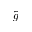
\Tilde { g }